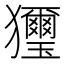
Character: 𤣗